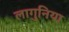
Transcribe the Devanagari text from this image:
लागुनिया